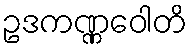
ဥဒကဏ္ဏဝေါတိ